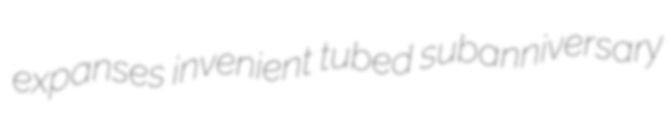
expanses invenient tubed subanniversary